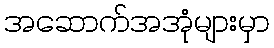
အဆောက်အအုံများမှာ